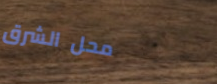
محل الشرق